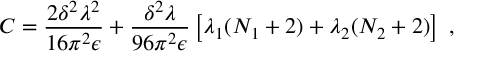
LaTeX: C = \frac { 2 \delta ^ { 2 } \lambda ^ { 2 } } { 1 6 \pi ^ { 2 } \epsilon } + \frac { \delta ^ { 2 } \lambda } { 9 6 \pi ^ { 2 } \epsilon } \left[ \lambda _ { 1 } ( N _ { 1 } + 2 ) + \lambda _ { 2 } ( N _ { 2 } + 2 ) \right] \; ,